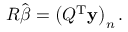
R { \hat { \boldsymbol { \beta } } } = \left( Q ^ { \mathrm { { T } } } \mathbf { y } \right) _ { n } .